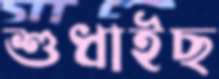
শুধাইছ